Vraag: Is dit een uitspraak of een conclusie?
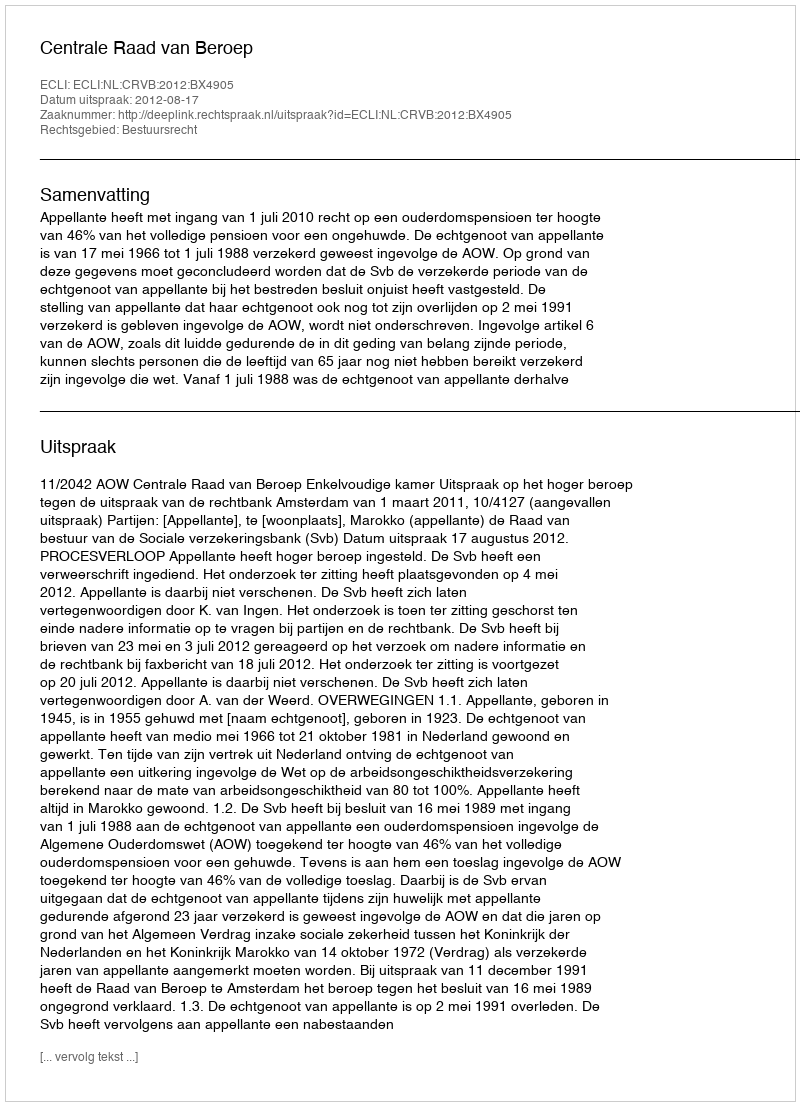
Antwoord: Uitspraak